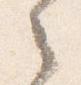
之